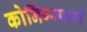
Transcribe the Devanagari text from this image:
कोनिंग्सबर्ग